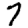
Digit: 7